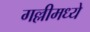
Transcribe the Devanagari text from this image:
गल्लीमध्ये